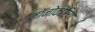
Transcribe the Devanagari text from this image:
मॉनोकोरिया